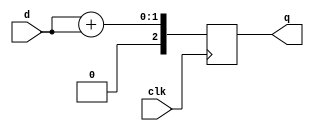
//
// Copyright (c) 2002 Steven Wilson (steve@ka6s.com)
//
//    This source code is free software; you can redistribute it
//    and/or modify it in source code form under the terms of the GNU
//    General Public License as published by the Free Software
//    Foundation; either version 2 of the License, or (at your option)
//    any later version.
//
//    This program is distributed in the hope that it will be useful,
//    but WITHOUT ANY WARRANTY; without even the implied warranty of
//    MERCHANTABILITY or FITNESS FOR A PARTICULAR PURPOSE.  See the
//    GNU General Public License for more details.
//
//    You should have received a copy of the GNU General Public License
//    along with this program; if not, write to the Free Software
//    Foundation, Inc., 59 Temple Place - Suite 330, Boston, MA 02111-1307, USA
//
// SDW: Synth of basic reg form
//
//
module basicreg ( clk, d, q);
input clk, d;
output [2:0] q;
reg [2:0] q;

always @(posedge clk)
  begin
	q <= d + d;
  end

endmodule

module test ;

reg clk, d;

wire [2:0] q;

basicreg u_reg (clk,d,q);

initial 
  begin
//    $dumpfile("test.vcd");	   
//    $dumpvars(0,test);
    clk = 0;
    d = 0;
    # 1;
    clk = 1;
    # 1;
    if (q !== 3'b0)
       begin
         $display("FAILED - Q isn't 0 on first edge");
	 $finish;
       end
    d = 1;
    # 1;
    clk = 0;
    # 1;
    if (q !== 3'b0)
       begin
         $display("FAILED - Q isn't 0 after first falling edge");
	 $finish;
       end
    # 1;
    clk = 1;
    # 1;
    if (q !== 3'b010)
       begin
	 #1 ;
         $display("FAILED - Q isn't 2 2nd raising edge");
	 $finish;
       end
    # 1;
    clk = 0;
    # 1;
    if (q !== 3'b010)
       begin
         $display("FAILED - Q isn't 2 after 2nd falling edge");
	 $finish;
       end
    $display("PASSED");

  end
endmodule